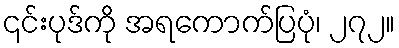
၎င်းပုဒ်ကို အရကောက်ပြပုံ၊ ၂၇၂။